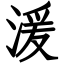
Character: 湲